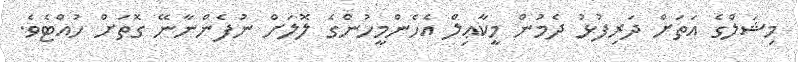
މިޝަލްގެ އަތަށް ދަރިފުޅު ދެމުން މީކާޢިލް އެހެންމީހުންގެ ލޮލަށް ނުފެންނާނޭ ގޮތަށް ހުއްޓެވެ.